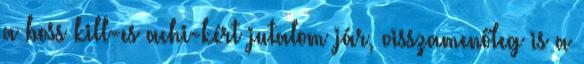
a boss kill-es achi-kért jutalom jár, visszamenőleg is a